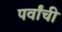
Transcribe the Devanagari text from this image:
पर्वांची